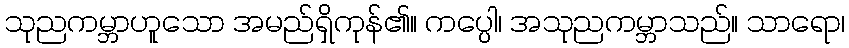
သုညကမ္ဘာဟူသော အမည်ရှိကုန်၏။ ကပ္ပေါ၊ အသုညကမ္ဘာသည်။ သာရော၊